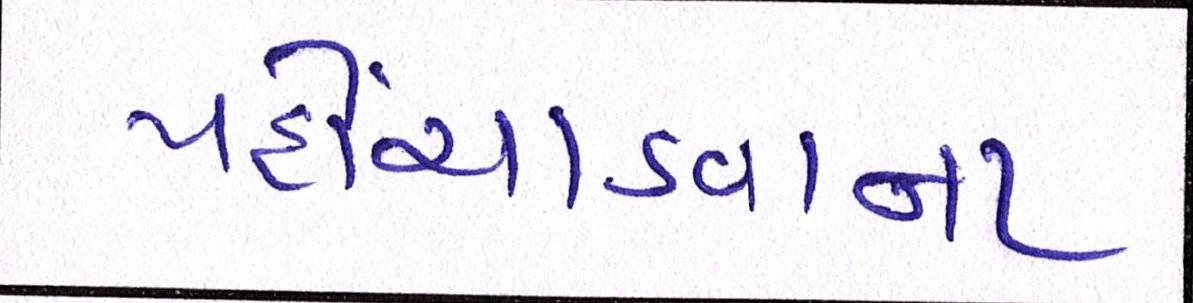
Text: પહોંચાડવાના